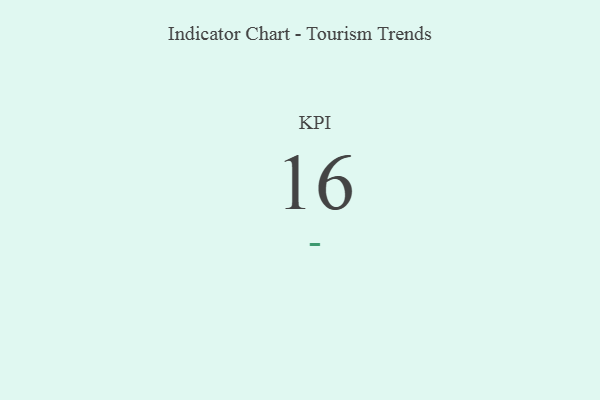
{"axis": {"x": "KPI", "y": "Value"}, "legend": [""], "data": [{"x": "KPI", "y": 16, "type": ""}]}